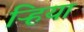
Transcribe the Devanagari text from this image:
ऱ्हिया